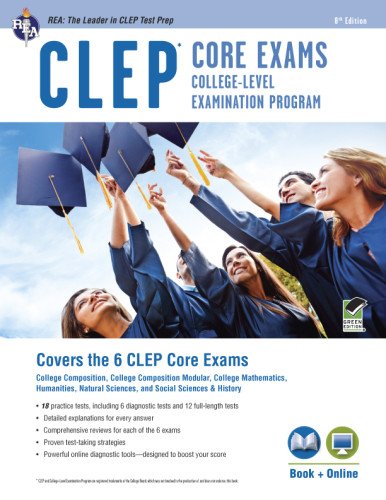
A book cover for CLEPÂ® Core Exams Book + Online (CLEP Test Preparation); Dominic Marullo; Test Preparation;